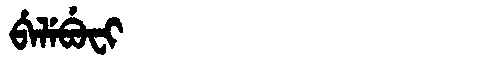
Manchu: ᠪᡝᠯᡝᠪᡠᠸᡳ
Romanization: BELEBUFI